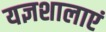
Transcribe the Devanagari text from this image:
यज्ञशालाएं